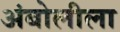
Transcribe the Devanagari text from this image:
अंबोलीला